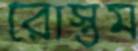
রোস্তম